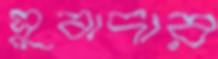
সুবাদার